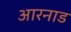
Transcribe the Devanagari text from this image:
आरनाड